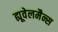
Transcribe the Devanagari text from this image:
ह्यूवेलमैन्स